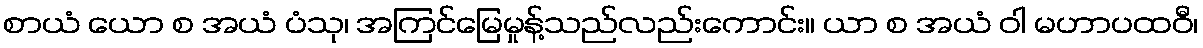
စာယံ ယော စ အယံ ပံသု၊ အကြင်မြေမှုန့်သည်လည်းကောင်း။ ယာ စ အယံ ဝါ မဟာပထဝီ၊